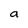
Character: a